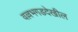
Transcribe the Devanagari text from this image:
वल्लभगडदेखील